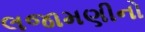
લજામણીનો